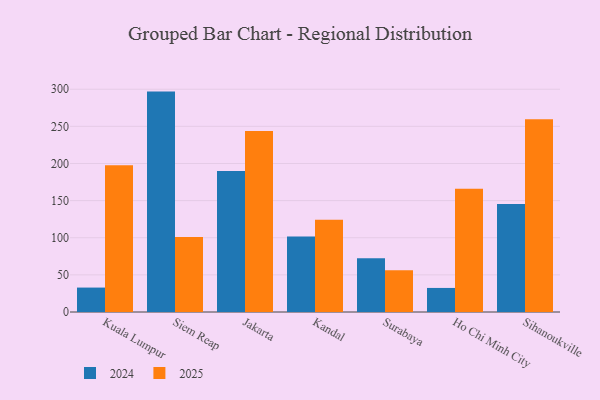
{"axis": {"x": "City", "y": "Population (Million)"}, "legend": ["2024", "2025"], "data": [{"x": "Kuala Lumpur", "y": 32.9, "type": "2024"}, {"x": "Kuala Lumpur", "y": 197.6, "type": "2025"}, {"x": "Siem Reap", "y": 296.8, "type": "2024"}, {"x": "Siem Reap", "y": 101.0, "type": "2025"}, {"x": "Jakarta", "y": 189.9, "type": "2024"}, {"x": "Jakarta", "y": 243.9, "type": "2025"}, {"x": "Kandal", "y": 101.6, "type": "2024"}, {"x": "Kandal", "y": 124.2, "type": "2025"}, {"x": "Surabaya", "y": 72.3, "type": "2024"}, {"x": "Surabaya", "y": 56.3, "type": "2025"}, {"x": "Ho Chi Minh City", "y": 32.4, "type": "2024"}, {"x": "Ho Chi Minh City", "y": 166.1, "type": "2025"}, {"x": "Sihanoukville", "y": 145.3, "type": "2024"}, {"x": "Sihanoukville", "y": 259.6, "type": "2025"}]}